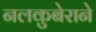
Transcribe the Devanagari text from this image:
नलकुबेराने